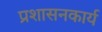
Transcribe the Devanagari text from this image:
प्रशासनकार्य